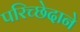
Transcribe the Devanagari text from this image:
परिच्छेदाने